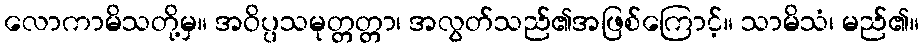
လောကာမိသတို့မှ။ အဝိပ္ပသမုတ္တတ္တာ၊ အလွတ်သည်၏အဖြစ်ကြောင့်။ သာမိသံ၊ မည်၏။